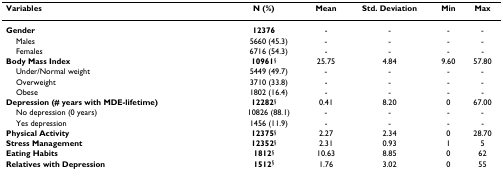
<table><thead><tr><td><b>Variables</b></td><td><b>N (%)</b></td><td><b>Mean</b></td><td><b>Std. Deviation</b></td><td><b>Min</b></td><td><b>Max</b></td></tr></thead><tbody><tr><td><b>Gender</b></td><td><b>12376</b></td><td>-</td><td>-</td><td>-</td><td>-</td></tr><tr><td> Males</td><td> 5660 (45.3)</td><td>-</td><td>-</td><td>-</td><td>-</td></tr><tr><td> Females</td><td> 6716 (54.3)</td><td>-</td><td>-</td><td>-</td><td>-</td></tr><tr><td><b>Body Mass Index</b></td><td><b>10961</b><sup>§</sup></td><td>25.75</td><td>4.84</td><td>9.60</td><td>57.80</td></tr><tr><td> Under/Normal weight</td><td> 5449 (49.7)</td><td>-</td><td>-</td><td>-</td><td>-</td></tr><tr><td> Overweight</td><td> 3710 (33.8)</td><td>-</td><td>-</td><td>-</td><td>-</td></tr><tr><td> Obese</td><td> 1802 (16.4)</td><td>-</td><td>-</td><td>-</td><td>-</td></tr><tr><td><b>Depression (# years with MDE-lifetime)</b></td><td><b>12282</b><sup>§</sup></td><td>0.41</td><td>8.20</td><td>0</td><td>67.00</td></tr><tr><td> No depression (0 years)</td><td> 10826 (88.1)</td><td>-</td><td>-</td><td>-</td><td>-</td></tr><tr><td> Yes depression</td><td> 1456 (11.9)</td><td>-</td><td>-</td><td>-</td><td>-</td></tr><tr><td><b>Physical Activity</b></td><td><b>12375</b><sup>§</sup></td><td>2.27</td><td>2.34</td><td>0</td><td>28.70</td></tr><tr><td><b>Stress Management</b></td><td><b>12352</b><sup>§</sup></td><td>2.31</td><td>0.93</td><td>1</td><td>5</td></tr><tr><td><b>Eating Habits</b></td><td><b>1812</b><sup>§</sup></td><td>10.63</td><td>8.85</td><td>0</td><td>62</td></tr><tr><td><b>Relatives with Depression</b></td><td><b>1512</b><sup>§</sup></td><td>1.76</td><td>3.02</td><td>0</td><td>55</td></tr></tbody></table>